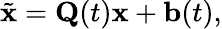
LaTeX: \tilde{\mathbf{x}}=\mathbf{Q}(t)\mathbf{x}+\mathbf{b}(t),